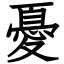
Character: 憂